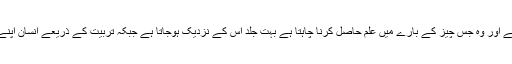
اس دماغی رہنمائی سے طالب علم کے لئے حصول علم کا راستہ آسان ہوجاتا ہے اور وہ جس چیز کے بارے میں علم حاصل کرنا چاہتا ہے بہت جلد اس کے نزدیک ہوجاتا ہے جبکہ تربیّت کے ذریعے انسان اپنے علم کو بامقصد بناتا ہے اور ا سے بامقصد بنانے کے لئے راستہ ڈھونڈتا ہے۔